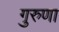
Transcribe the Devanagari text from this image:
गुरुणा